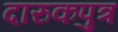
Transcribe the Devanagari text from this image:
दारुकपुत्र